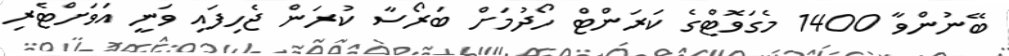
ބޭނުންވާ 1400 މެގަވޮޓްގެ ކަރަންޓް ހޯދުމަށް ބަރޯސާ ކުރަން ޖެހިފައި ވަނީ އަވަށްޓެރި